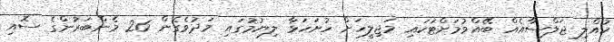
ކުއްލި ޖަލްސާއެއް ބޭއްވުމަށްޓަކައި މަޖިލީހަށް ހުށަހަޅާ ލިޔުމުގައި މަދުވެގެން 26 މެންބަރުންގެ ސޮއި